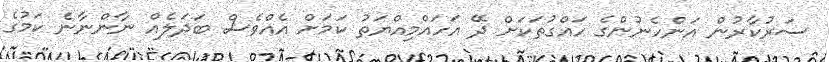
ސަރުކާރުން އަންހެނުންގެ ހައްގުތަކަށް ދޭ އަހައްމިއްޔަތު ކަމަށް އެއްވެސް ބަދަލެއް ނާންނާނެ ކަމުގެ